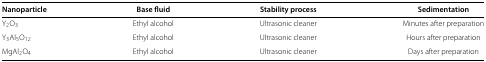
<table><thead><tr><td><b>Nanoparticle</b></td><td><b>Base fluid</b></td><td><b>Stability process</b></td><td><b>Sedimentation</b></td></tr></thead><tbody><tr><td>Y<sub>2</sub>O<sub>3</sub></td><td>Ethyl alcohol</td><td>Ultrasonic cleaner</td><td>Minutes after preparation</td></tr><tr><td>Y<sub>3</sub>Al<sub>5</sub>O<sub>12</sub></td><td>Ethyl alcohol</td><td>Ultrasonic cleaner</td><td>Hours after preparation</td></tr><tr><td>MgAl<sub>2</sub>O<sub>4</sub></td><td>Ethyl alcohol</td><td>Ultrasonic cleaner</td><td>Days after preparation</td></tr></tbody></table>